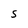
Character: S